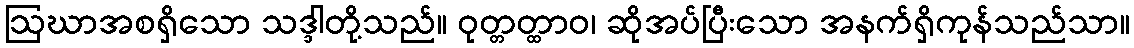
ဩဃာအစရှိသော သဒ္ဒါတို့သည်။ ဝုတ္တတ္ထာဝ၊ ဆိုအပ်ပြီးသော အနက်ရှိကုန်သည်သာ။